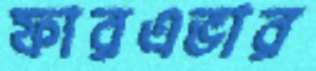
ফারএভার